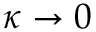
\kappa \to 0